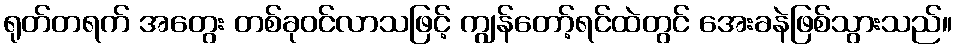
ရုတ်တရက် အတွေး တစ်ခုဝင်လာသဖြင့် ကျွန်တော့်ရင်ထဲတွင် အေးခနဲဖြစ်သွားသည်။